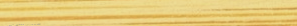
مركز تجاري كبير يضم أشهر